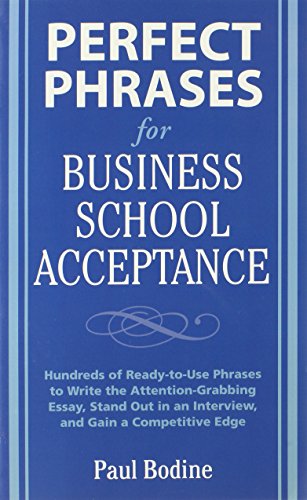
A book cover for Perfect Phrases for Business School Acceptance (Perfect Phrases Series); Paul Bodine; Test Preparation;